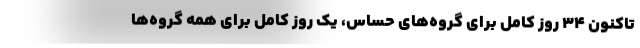
تاکنون ۳۴ روز کامل برای گروه‌های حساس، یک روز کامل برای همه گروه‌ها